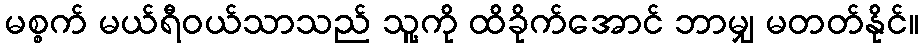
မစ္စက် မယ်ရီဝယ်သာသည် သူ့ကို ထိခိုက်အောင် ဘာမျှ မတတ်နိုင်။